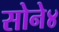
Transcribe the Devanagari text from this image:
सोने४